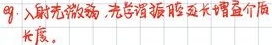
如，反射光较弱，光学谐振腔延长增益介质长度。